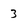
Character: 3